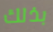
بذلك